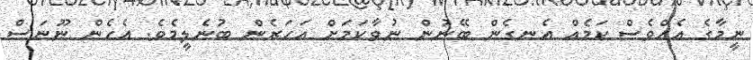
ނީމާގެ އެއްވެސް ކަމެއް އެނގެން ބޭނުން ނުވާކަމަށް އަހަރެން ބުނެލީމެވެ. އެހެން ނޫނަސް